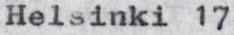
Helsinki 17